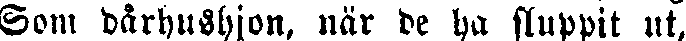
Som dårhushjon, när de ha sluppit ut,